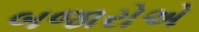
બજારોએ